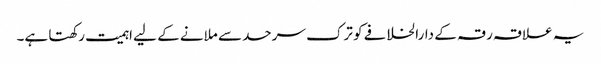
یہ علاقہ رقہ کے دارالخلافے کو ترک سرحد سے ملانے کے لیے اہمیت رکھتا ہے۔